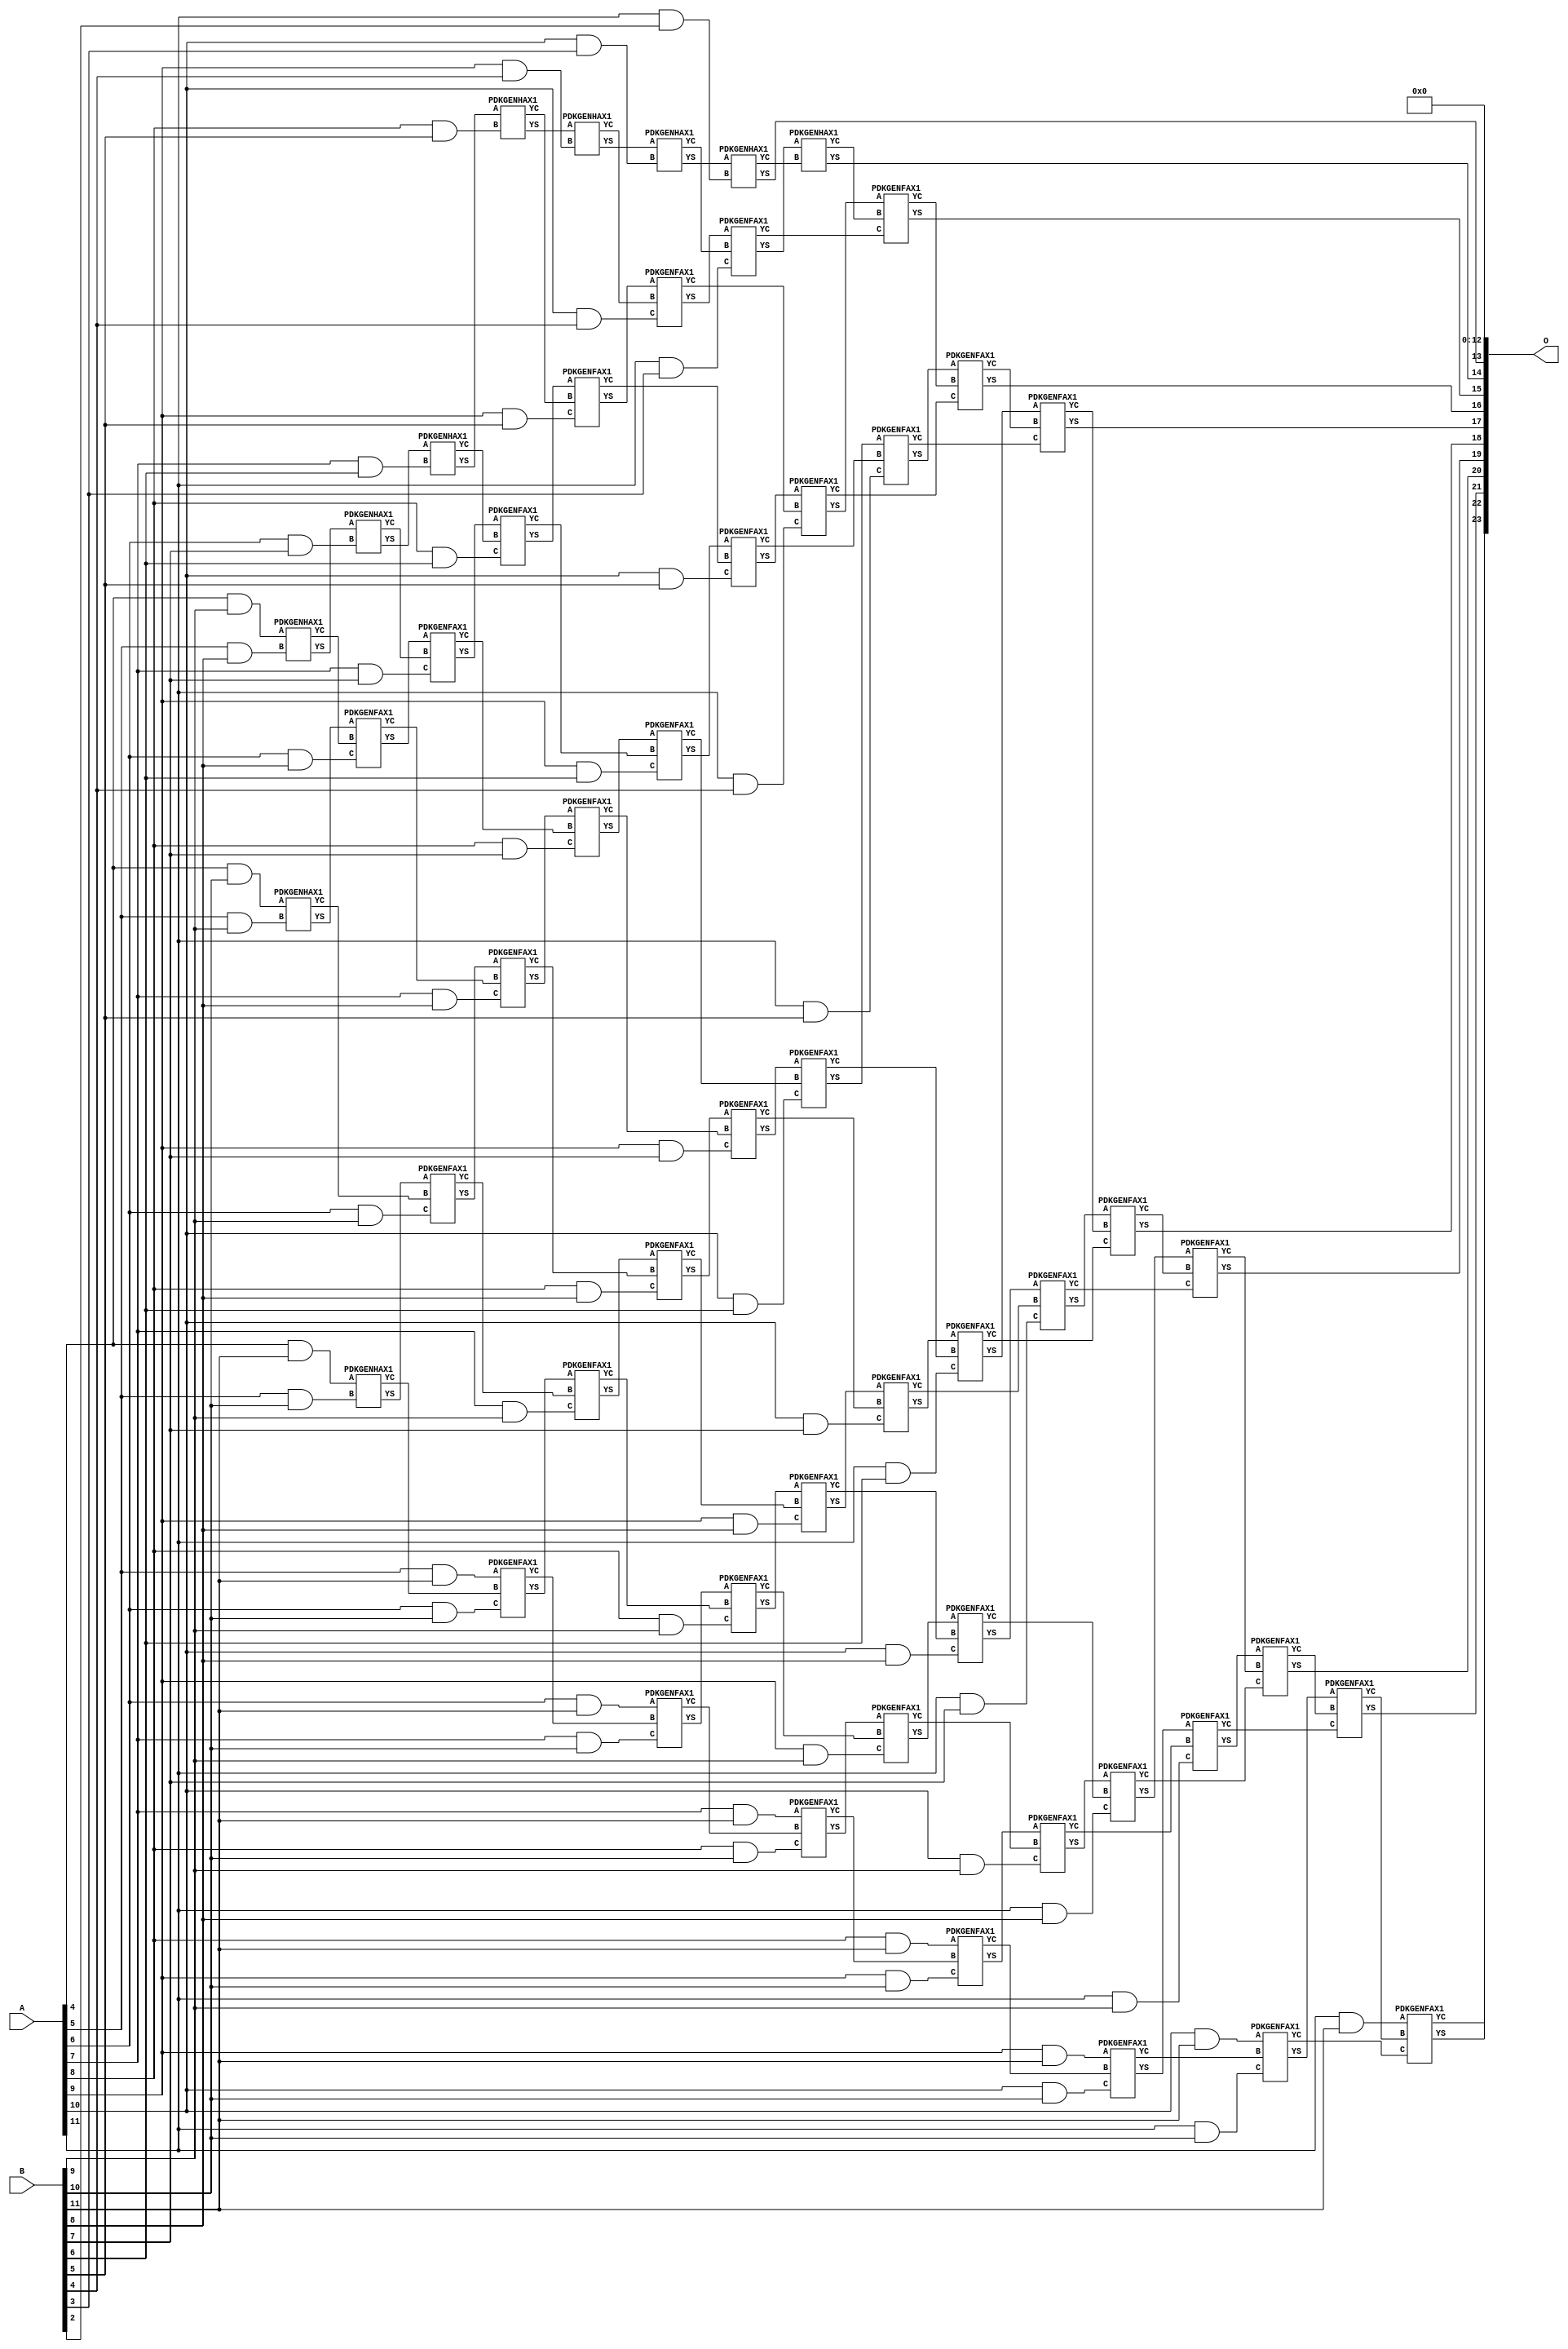
/***
* This code is a part of EvoApproxLib library (ehw.fit.vutbr.cz/approxlib) distributed under The MIT License.
* When used, please cite the following article(s): V. Mrazek, Z. Vasicek, L. Sekanina, H. Jiang and J. Han, "Scalable Construction of Approximate Multipliers With Formally Guaranteed Worst Case Error" in IEEE Transactions on Very Large Scale Integration (VLSI) Systems, vol. 26, no. 11, pp. 2572-2576, Nov. 2018. doi: 10.1109/TVLSI.2018.2856362 
* This file contains a circuit from a sub-set of pareto optimal circuits with respect to the pwr and mre parameters
***/
// MAE% = 0.18 %
// MAE = 30720 
// WCE% = 0.73 %
// WCE = 122881 
// WCRE% = 100.00 %
// EP% = 99.90 %
// MRE% = 3.29 %
// MSE = 12148.233e5 
// PDK45_PWR = 0.369 mW
// PDK45_AREA = 617.6 um2
// PDK45_DELAY = 1.80 ns


module mul12u_2DU ( A, B, O );
  input [11:0] A;
  input [11:0] B;
  output [23:0] O;

  wire C_10_10,C_10_3,C_10_4,C_10_5,C_10_6,C_10_7,C_10_8,C_10_9,C_11_10,C_11_2,C_11_3,C_11_4,C_11_5,C_11_6,C_11_7,C_11_8,C_11_9,C_12_10,C_12_2,C_12_3,C_12_4,C_12_5,C_12_6,C_12_7,C_12_8,C_12_9,C_5_10,C_5_8,C_5_9,C_6_10,C_6_7,C_6_8,C_6_9,C_7_10,C_7_6,C_7_7,C_7_8,C_7_9,C_8_10,C_8_5,C_8_6,C_8_7,C_8_8,C_8_9,C_9_10,C_9_4,C_9_5,C_9_6,C_9_7,C_9_8,C_9_9,S_10_10,S_10_11,S_10_3,S_10_4,S_10_5,S_10_6,S_10_7,S_10_8,S_10_9,S_11_10,S_11_11,S_11_2,S_11_3,S_11_4,S_11_5,S_11_6,S_11_7,S_11_8,S_11_9,S_12_1,S_12_10,S_12_11,S_12_2,S_12_3,S_12_4,S_12_5,S_12_6,S_12_7,S_12_8,S_12_9,S_4_10,S_4_11,S_4_9,S_5_10,S_5_11,S_5_8,S_5_9,S_6_10,S_6_11,S_6_7,S_6_8,S_6_9,S_7_10,S_7_11,S_7_6,S_7_7,S_7_8,S_7_9,S_8_10,S_8_11,S_8_5,S_8_6,S_8_7,S_8_8,S_8_9,S_9_10,S_9_11,S_9_4,S_9_5,S_9_6,S_9_7,S_9_8,S_9_9;

  assign S_4_9 = (A[4] & B[9]);
  assign S_4_10 = (A[4] & B[10]);
  assign S_4_11 = (A[4] & B[11]);
  PDKGENHAX1 U40557 (.A(S_4_9), .B((A[5] & B[8])), .YS(S_5_8), .YC(C_5_8));
  PDKGENHAX1 U40558 (.A(S_4_10), .B((A[5] & B[9])), .YS(S_5_9), .YC(C_5_9));
  PDKGENHAX1 U40559 (.A(S_4_11), .B((A[5] & B[10])), .YS(S_5_10), .YC(C_5_10));
  assign S_5_11 = (A[5] & B[11]);
  PDKGENHAX1 U40568 (.A(S_5_8), .B((A[6] & B[7])), .YS(S_6_7), .YC(C_6_7));
  PDKGENFAX1 U40569 (.A(S_5_9), .B(C_5_8), .C((A[6] & B[8])), .YS(S_6_8), .YC(C_6_8));
  PDKGENFAX1 U40570 (.A(S_5_10), .B(C_5_9), .C((A[6] & B[9])), .YS(S_6_9), .YC(C_6_9));
  PDKGENFAX1 U40571 (.A(S_5_11), .B(C_5_10), .C((A[6] & B[10])), .YS(S_6_10), .YC(C_6_10));
  assign S_6_11 = (A[6] & B[11]);
  PDKGENHAX1 U40579 (.A(S_6_7), .B((A[7] & B[6])), .YS(S_7_6), .YC(C_7_6));
  PDKGENFAX1 U40580 (.A(S_6_8), .B(C_6_7), .C((A[7] & B[7])), .YS(S_7_7), .YC(C_7_7));
  PDKGENFAX1 U40581 (.A(S_6_9), .B(C_6_8), .C((A[7] & B[8])), .YS(S_7_8), .YC(C_7_8));
  PDKGENFAX1 U40582 (.A(S_6_10), .B(C_6_9), .C((A[7] & B[9])), .YS(S_7_9), .YC(C_7_9));
  PDKGENFAX1 U40583 (.A(S_6_11), .B(C_6_10), .C((A[7] & B[10])), .YS(S_7_10), .YC(C_7_10));
  assign S_7_11 = (A[7] & B[11]);
  PDKGENHAX1 U40590 (.A(S_7_6), .B((A[8] & B[5])), .YS(S_8_5), .YC(C_8_5));
  PDKGENFAX1 U40591 (.A(S_7_7), .B(C_7_6), .C((A[8] & B[6])), .YS(S_8_6), .YC(C_8_6));
  PDKGENFAX1 U40592 (.A(S_7_8), .B(C_7_7), .C((A[8] & B[7])), .YS(S_8_7), .YC(C_8_7));
  PDKGENFAX1 U40593 (.A(S_7_9), .B(C_7_8), .C((A[8] & B[8])), .YS(S_8_8), .YC(C_8_8));
  PDKGENFAX1 U40594 (.A(S_7_10), .B(C_7_9), .C((A[8] & B[9])), .YS(S_8_9), .YC(C_8_9));
  PDKGENFAX1 U40595 (.A(S_7_11), .B(C_7_10), .C((A[8] & B[10])), .YS(S_8_10), .YC(C_8_10));
  assign S_8_11 = (A[8] & B[11]);
  PDKGENHAX1 U40601 (.A(S_8_5), .B((A[9] & B[4])), .YS(S_9_4), .YC(C_9_4));
  PDKGENFAX1 U40602 (.A(S_8_6), .B(C_8_5), .C((A[9] & B[5])), .YS(S_9_5), .YC(C_9_5));
  PDKGENFAX1 U40603 (.A(S_8_7), .B(C_8_6), .C((A[9] & B[6])), .YS(S_9_6), .YC(C_9_6));
  PDKGENFAX1 U40604 (.A(S_8_8), .B(C_8_7), .C((A[9] & B[7])), .YS(S_9_7), .YC(C_9_7));
  PDKGENFAX1 U40605 (.A(S_8_9), .B(C_8_8), .C((A[9] & B[8])), .YS(S_9_8), .YC(C_9_8));
  PDKGENFAX1 U40606 (.A(S_8_10), .B(C_8_9), .C((A[9] & B[9])), .YS(S_9_9), .YC(C_9_9));
  PDKGENFAX1 U40607 (.A(S_8_11), .B(C_8_10), .C((A[9] & B[10])), .YS(S_9_10), .YC(C_9_10));
  assign S_9_11 = (A[9] & B[11]);
  PDKGENHAX1 U40612 (.A(S_9_4), .B((A[10] & B[3])), .YS(S_10_3), .YC(C_10_3));
  PDKGENFAX1 U40613 (.A(S_9_5), .B(C_9_4), .C((A[10] & B[4])), .YS(S_10_4), .YC(C_10_4));
  PDKGENFAX1 U40614 (.A(S_9_6), .B(C_9_5), .C((A[10] & B[5])), .YS(S_10_5), .YC(C_10_5));
  PDKGENFAX1 U40615 (.A(S_9_7), .B(C_9_6), .C((A[10] & B[6])), .YS(S_10_6), .YC(C_10_6));
  PDKGENFAX1 U40616 (.A(S_9_8), .B(C_9_7), .C((A[10] & B[7])), .YS(S_10_7), .YC(C_10_7));
  PDKGENFAX1 U40617 (.A(S_9_9), .B(C_9_8), .C((A[10] & B[8])), .YS(S_10_8), .YC(C_10_8));
  PDKGENFAX1 U40618 (.A(S_9_10), .B(C_9_9), .C((A[10] & B[9])), .YS(S_10_9), .YC(C_10_9));
  PDKGENFAX1 U40619 (.A(S_9_11), .B(C_9_10), .C((A[10] & B[10])), .YS(S_10_10), .YC(C_10_10));
  assign S_10_11 = (A[10] & B[11]);
  PDKGENHAX1 U40623 (.A(S_10_3), .B((A[11] & B[2])), .YS(S_11_2), .YC(C_11_2));
  PDKGENFAX1 U40624 (.A(S_10_4), .B(C_10_3), .C((A[11] & B[3])), .YS(S_11_3), .YC(C_11_3));
  PDKGENFAX1 U40625 (.A(S_10_5), .B(C_10_4), .C((A[11] & B[4])), .YS(S_11_4), .YC(C_11_4));
  PDKGENFAX1 U40626 (.A(S_10_6), .B(C_10_5), .C((A[11] & B[5])), .YS(S_11_5), .YC(C_11_5));
  PDKGENFAX1 U40627 (.A(S_10_7), .B(C_10_6), .C((A[11] & B[6])), .YS(S_11_6), .YC(C_11_6));
  PDKGENFAX1 U40628 (.A(S_10_8), .B(C_10_7), .C((A[11] & B[7])), .YS(S_11_7), .YC(C_11_7));
  PDKGENFAX1 U40629 (.A(S_10_9), .B(C_10_8), .C((A[11] & B[8])), .YS(S_11_8), .YC(C_11_8));
  PDKGENFAX1 U40630 (.A(S_10_10), .B(C_10_9), .C((A[11] & B[9])), .YS(S_11_9), .YC(C_11_9));
  PDKGENFAX1 U40631 (.A(S_10_11), .B(C_10_10), .C((A[11] & B[10])), .YS(S_11_10), .YC(C_11_10));
  assign S_11_11 = (A[11] & B[11]);
  assign S_12_1 = S_11_2;
  PDKGENHAX1 U40635 (.A(S_11_3), .B(C_11_2), .YS(S_12_2), .YC(C_12_2));
  PDKGENFAX1 U40636 (.A(S_11_4), .B(C_12_2), .C(C_11_3), .YS(S_12_3), .YC(C_12_3));
  PDKGENFAX1 U40637 (.A(S_11_5), .B(C_12_3), .C(C_11_4), .YS(S_12_4), .YC(C_12_4));
  PDKGENFAX1 U40638 (.A(S_11_6), .B(C_12_4), .C(C_11_5), .YS(S_12_5), .YC(C_12_5));
  PDKGENFAX1 U40639 (.A(S_11_7), .B(C_12_5), .C(C_11_6), .YS(S_12_6), .YC(C_12_6));
  PDKGENFAX1 U40640 (.A(S_11_8), .B(C_12_6), .C(C_11_7), .YS(S_12_7), .YC(C_12_7));
  PDKGENFAX1 U40641 (.A(S_11_9), .B(C_12_7), .C(C_11_8), .YS(S_12_8), .YC(C_12_8));
  PDKGENFAX1 U40642 (.A(S_11_10), .B(C_12_8), .C(C_11_9), .YS(S_12_9), .YC(C_12_9));
  PDKGENFAX1 U40643 (.A(S_11_11), .B(C_12_9), .C(C_11_10), .YS(S_12_10), .YC(C_12_10));
  assign S_12_11 = C_12_10;
  assign O = {S_12_11,S_12_10,S_12_9,S_12_8,S_12_7,S_12_6,S_12_5,S_12_4,S_12_3,S_12_2,S_12_1,1'b0,1'b0,1'b0,1'b0,1'b0,1'b0,1'b0,1'b0,1'b0,1'b0,1'b0,1'b0,1'b0};

endmodule

/* mod */
module PDKGENHAX1( input A, input B, output YS, output YC );
    assign YS = A ^ B;
    assign YC = A & B;
endmodule
/* mod */
module PDKGENFAX1( input A, input B, input C, output YS, output YC );
    assign YS = (A ^ B) ^ C;
    assign YC = (A & B) | (B & C) | (A & C);
endmodule